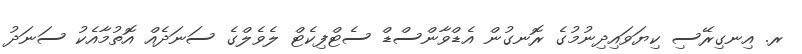
ރ. އިނގިރޭސި ކިޔަވައިދިނުމުގެ ރޮނގުން އެޑްވާންސްޑް ސެޓްފިކެޓް ލެވެލްގެ ސަނަދެއް އޮތުމާއެކު ސަނަދު